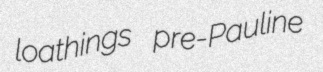
loathings pre-Pauline